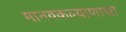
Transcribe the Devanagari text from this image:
मानवकल्याणाचा